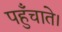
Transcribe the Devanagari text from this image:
पहुँचाते।